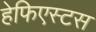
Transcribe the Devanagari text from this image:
हेफिएस्टस